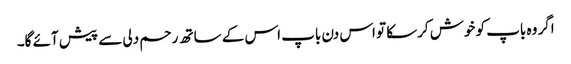
اگر وہ باپ کو خوش کرسکا تو اس دن باپ اس کے ساتھ رحم دلی سے پیش آئے گا۔